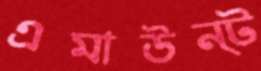
এমাউন্ট